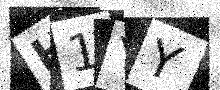
Text: H1YY